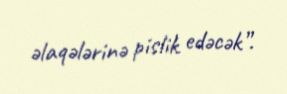
əlaqələrinə pislik edəcək”.